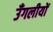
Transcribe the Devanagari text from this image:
उँगलीयों